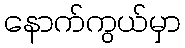
နောက်ကွယ်မှာ